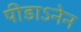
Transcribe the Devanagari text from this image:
पीडाऽनेन